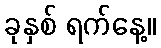
ခုနှစ် ရက်နေ့။